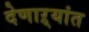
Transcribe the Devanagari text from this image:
देणाऱ्यांत